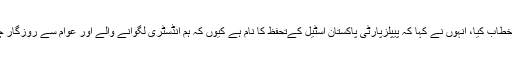
جلسے سے رکن صوبائی اسمبلی مرتضی بلوچ نے بھی خطاب کیا، انہوں نے کہا کہ پیپلزپارٹی پاکستان اسٹیل کےتحفظ کا نام ہے کیوں کہ ہم انڈسٹری لگوانے والے اور عوام سے روزگار چھیننے والے نہیں بلکہ کو روزگار مہیا کرنے والے ہیں۔